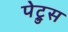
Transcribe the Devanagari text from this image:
पेट्रुस